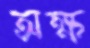
অক্ষ